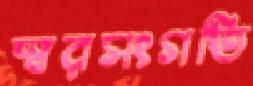
স্বরসংগতি